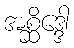
အစ္ဆိဒ္ဒေါ